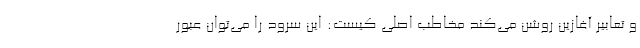
و تعابیر آغازین روشن می‌کند مخاطب اصلی کیست: این سرود را می‌توان عبور